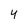
Character: 4